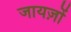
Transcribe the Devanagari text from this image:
जायज़ों